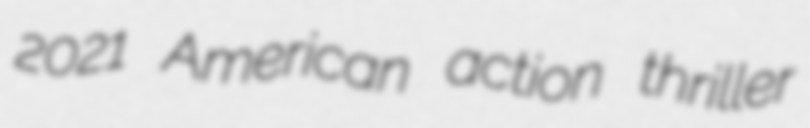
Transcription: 2021 American action thriller